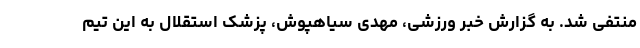
منتفی شد. به گزارش خبر ورزشی، مهدی سیاهپوش، پزشک استقلال به این تیم